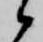
候